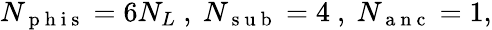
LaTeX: \begin{array}{r}{N_{\mathrm{~p~h~i~s~}}=6N_{L}\ ,\ N_{\mathrm{~s~u~b~}}=4\ ,\ N_{\mathrm{~a~n~c~}}=1,}\end{array}